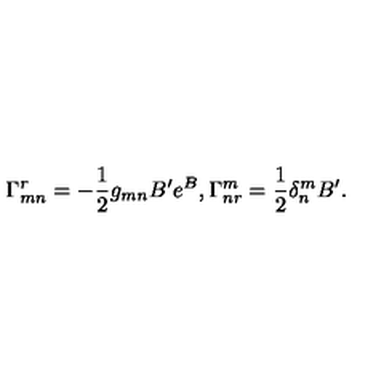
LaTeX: \Gamma _ { m n } ^ { r } = - \frac { 1 } { 2 } g _ { m n } B ^ { \prime } e ^ { B } , \Gamma _ { n r } ^ { m } = \frac { 1 } { 2 } \delta _ { n } ^ { m } B ^ { \prime } .